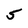
Character: 5